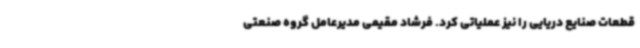
قطعات صنایع دریایی را نیز عملیاتی کرد. فرشاد مقیمی مدیرعامل گروه صنعتی